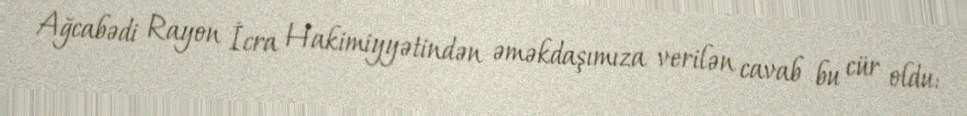
Ağcabədi Rayon İcra Hakimiyyətindən əməkdaşımıza verilən cavab bu cür oldu: